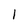
Character: l